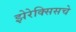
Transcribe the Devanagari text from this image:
झेरेक्सिसचे